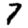
Digit: 7